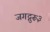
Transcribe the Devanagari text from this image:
जगद्गुरू३